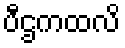
ပီဌကထလိ